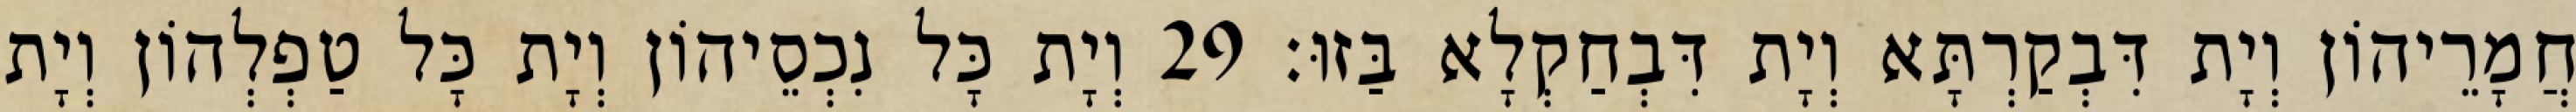
חֲמָרֵיהוֹן וְיָת דִּבְקַרְתָּא וְיָת דִּבְחַקְלָא בַּזוּ׃ 29 וְיָת כָּל נִכְסֵיהוֹן וְיָת כָּל טַפְלְהוֹן וְיָת